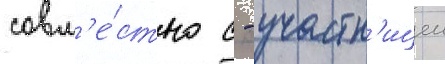
совм'е́стно с - участн'ицеи